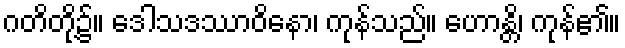
ဂတိတို့၌။ ဒေါသဒဿာဝိနော၊ ကုန်သည်။ ဟောန္တိ၊ ကုန်၏။